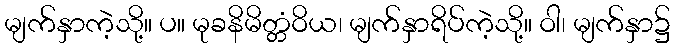
မျက်နှာကဲ့သို့။ ပ။ မုခနိမိတ္တံဝိယ၊ မျက်နှာရိပ်ကဲ့သို့။ ဝါ၊ မျက်နှာ၌